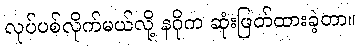
လုပ်ပစ်လိုက်မယ်လို့ နဂိုက ဆုံးဖြတ်ထားခဲ့တာ။